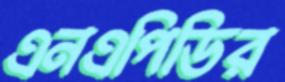
এনএপিডির